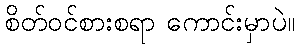
စိတ်ဝင်စားစရာ ကောင်းမှာပဲ။